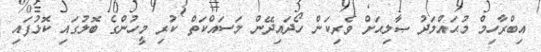
އިބްރާހިމް މުޙައްމަދު ޞާލިޙަށް ވެރިކަން ހޯދައިދޭން މަސައްކަތް ކުރި މީހުންގެ ބޮލުގައި ކޮޅުފައި